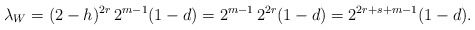
\begin{align*}\lambda_W = (2-h)^{2r}\,2^{m-1}(1-d) = 2^{m-1}\,2^{2r}(1-d) = 2^{2r+s+m-1}(1-d).\end{align*}